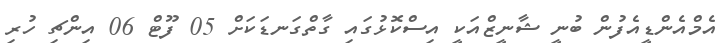
އެމްއެންޑީއެފުން ބުނީ ޝާނީޒްއަކީ އިސްކޮޅުގައި ގާތްގަނޑަކަށް 05 ފޫޓް 06 އިންޗި ހުރި